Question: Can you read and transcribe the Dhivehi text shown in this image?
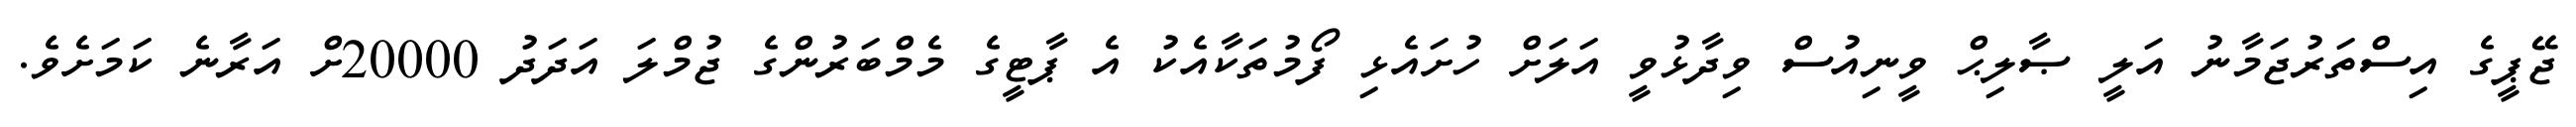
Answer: ޖޭޕީގެ އިސްތަރުޖަމާނު އަލީ ޞާލިޙް ވީނިއުސް ވިދާޅުވީ އަލަށް ހުށައެޅި ފޯމުތަކާއެކު އެ ޕާޓީގެ މެމްބަރުންގެ ޖުމްލަ އަދަދު 20000ށް އަރާނެ ކަމަށެވެ.